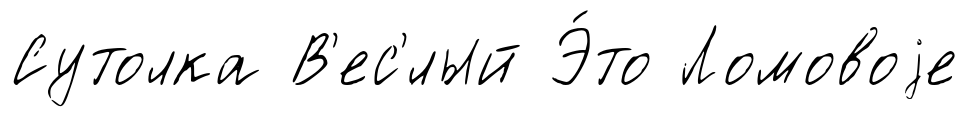
Сутолка В'ес'́лый Э́то Ломовоjе